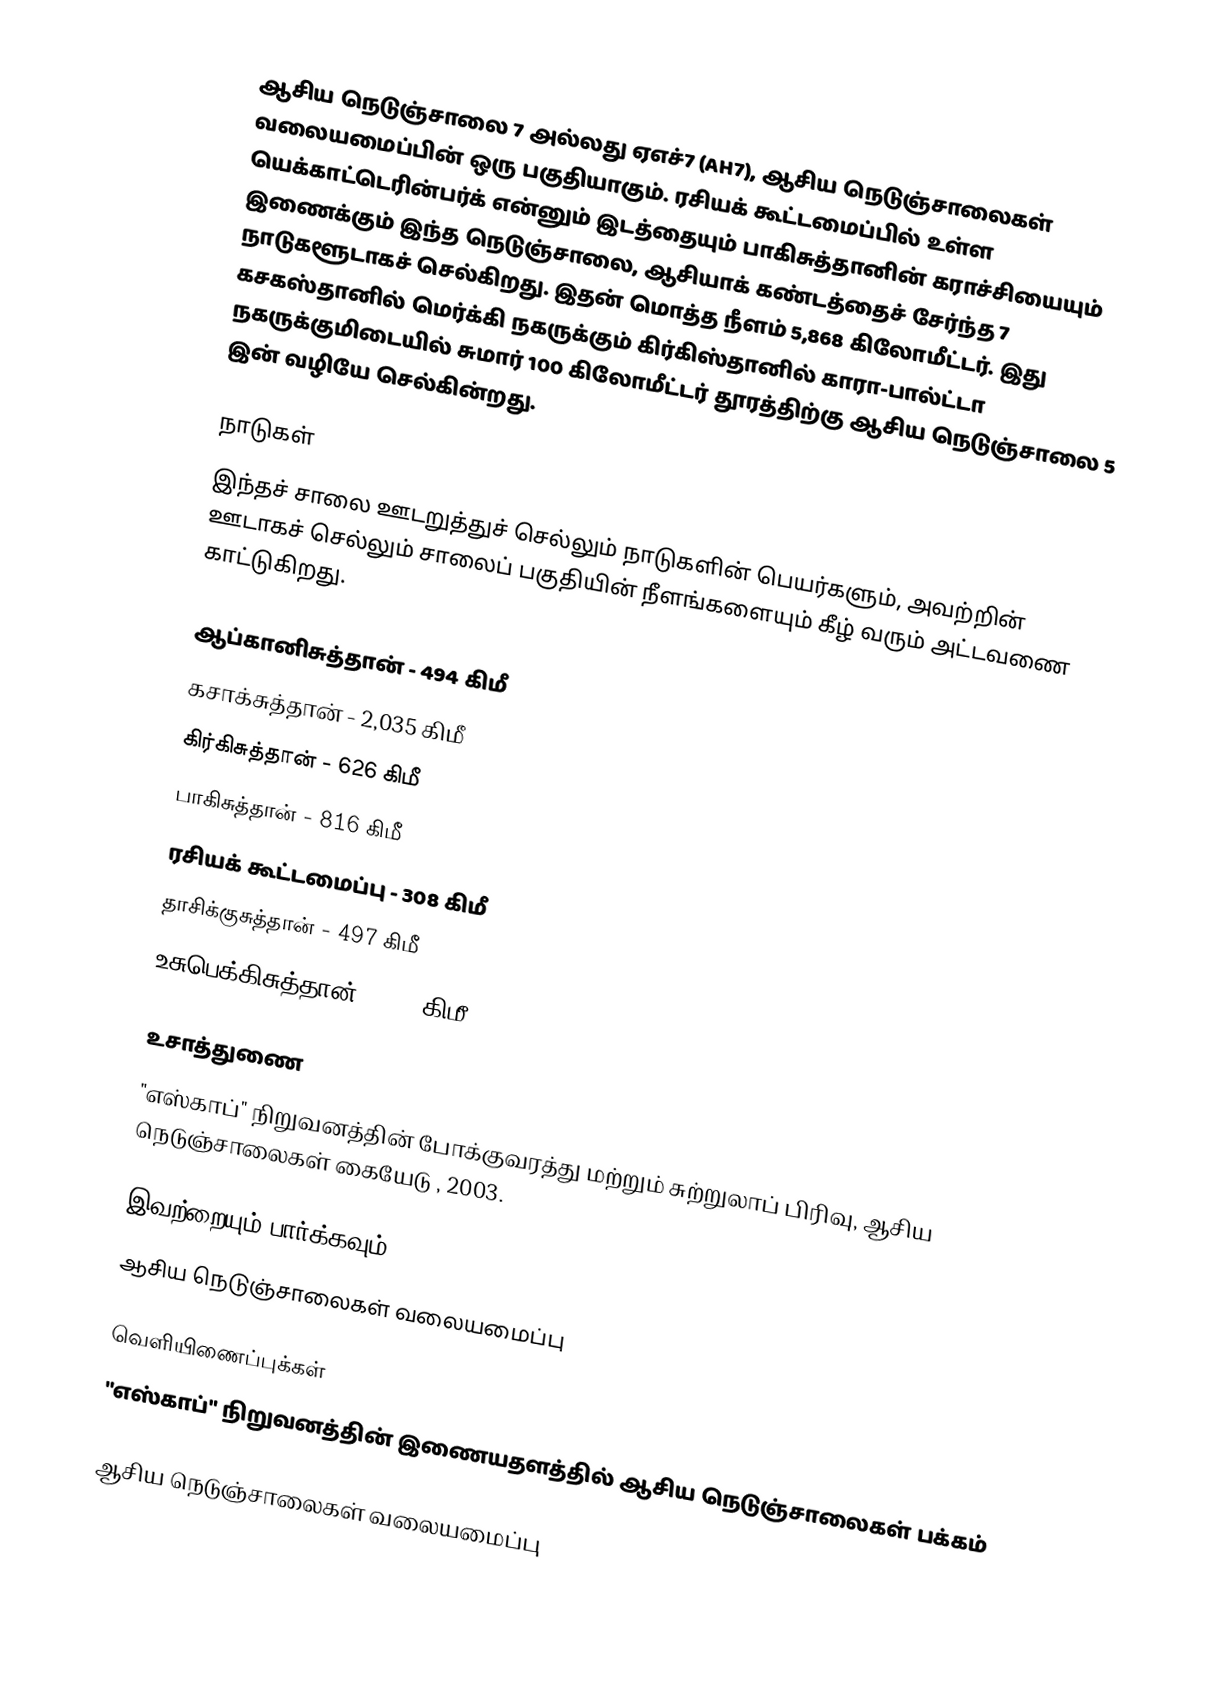
ஆசிய நெடுஞ்சாலை 7 அல்லது ஏஎச்7 (AH7), ஆசிய நெடுஞ்சாலைகள் வலையமைப்பின் ஒரு பகுதியாகும். ரசியக் கூட்டமைப்பில் உள்ள யெக்காட்டெரின்பர்க் என்னும் இடத்தையும் பாகிசுத்தானின் கராச்சியையும் இணைக்கும் இந்த நெடுஞ்சாலை, ஆசியாக் கண்டத்தைச் சேர்ந்த 7 நாடுகளூடாகச் செல்கிறது. இதன் மொத்த நீளம் 5,868 கிலோமீட்டர். இது கசகஸ்தானில் மெர்க்கி நகருக்கும் கிர்கிஸ்தானில் காரா-பால்ட்டா நகருக்குமிடையில் சுமார் 100 கிலோமீட்டர் தூரத்திற்கு ஆசிய நெடுஞ்சாலை 5 இன் வழியே செல்கின்றது.

நாடுகள்
இந்தச் சாலை ஊடறுத்துச் செல்லும் நாடுகளின் பெயர்களும், அவற்றின் ஊடாகச் செல்லும் சாலைப் பகுதியின் நீளங்களையும் கீழ் வரும் அட்டவணை காட்டுகிறது.

 ஆப்கானிசுத்தான் - 494 கிமீ
 கசாக்சுத்தான் - 2,035 கிமீ
 கிர்கிசுத்தான் - 626 கிமீ
 பாகிசுத்தான் - 816 கிமீ
 ரசியக் கூட்டமைப்பு - 308 கிமீ
 தாசிக்குசுத்தான் - 497 கிமீ
 உசுபெக்கிசுத்தான் - 531 கிமீ

உசாத்துணை
 "எஸ்காப்" நிறுவனத்தின் போக்குவரத்து மற்றும் சுற்றுலாப் பிரிவு, ஆசிய நெடுஞ்சாலைகள் கையேடு , 2003.

இவற்றையும் பார்க்கவும்
 ஆசிய நெடுஞ்சாலைகள் வலையமைப்பு

வெளியிணைப்புக்கள்
 "எஸ்காப்" நிறுவனத்தின் இணையதளத்தில் ஆசிய நெடுஞ்சாலைகள் பக்கம்

 ஆசிய நெடுஞ்சாலைகள் வலையமைப்பு